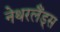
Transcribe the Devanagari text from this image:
नेथरलैंड्स